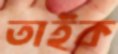
তাইক